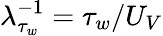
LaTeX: \lambda_{\tau_{w}}^{-1}=\tau_{w}/U_{V}